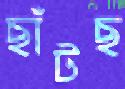
ছাঁটছ